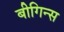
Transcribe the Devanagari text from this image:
बीगिन्स